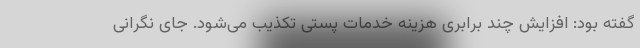
گفته بود: افزایش چند برابری هزینه‌ خدمات پستی تکذیب می‌شود. جای نگرانی